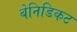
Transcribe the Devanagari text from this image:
बेनिडिकट